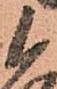
候